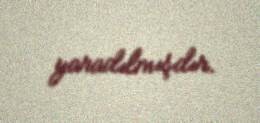
yaradılmışdır.